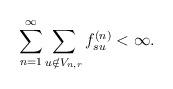
LaTeX: \begin{align*}\sum_{n = 1}^{\infty}\sum_{u \notin V_{n,r}} f_{su}^{(n)} < \infty.\end{align*}